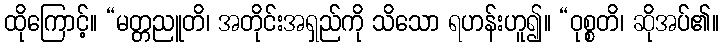
ထိုကြောင့်။ “မတ္တညူတိ၊ အတိုင်းအရှည်ကို သိသော ရဟန်းဟူ၍။ “ဝုစ္စတိ၊ ဆိုအပ်၏။